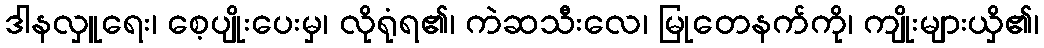
ဒါနလှူရေး၊ စေ့ပျိုးပေးမှ၊ လိုရုံရ၏၊ ကဲဆသီးလေ၊ မြုတေနက်ကို၊ ကျိုးများယှိ၏၊